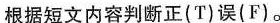
根据短文内容判断正(T)误(F)。